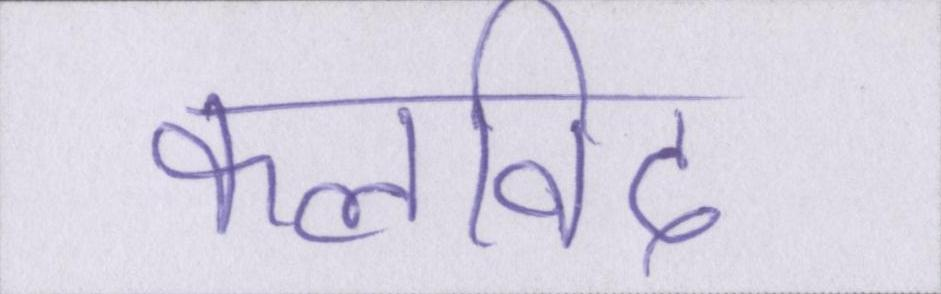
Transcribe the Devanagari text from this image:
कलाविद